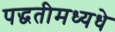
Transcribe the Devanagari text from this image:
पद्धतीमध्यधे